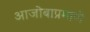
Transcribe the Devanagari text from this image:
आजोबाप्रमाणे